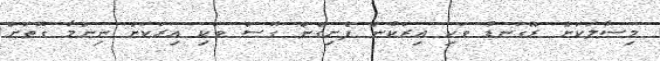
މިސާލަކަށް ރޭގަނޑު ވަކި އިރަކުން ފެށިގެން ގޮސް ވަކި އިރަކަށް ނިންމާ ގޮތަށް